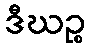
ဒီဃဉ္စ